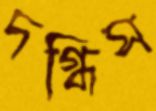
দগ্ধিস